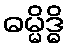
ဓမ္မိဒ္ဓိ